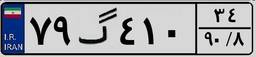
۷۹گ۴۱۰۳۴